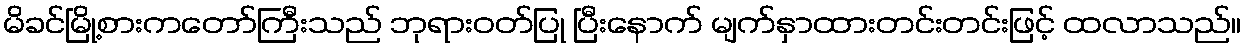
မိခင်မြို့စားကတော်ကြီးသည် ဘုရားဝတ်ပြု ပြီးနောက် မျက်နှာထားတင်းတင်းဖြင့် ထလာသည်။